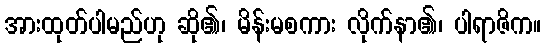
အားထုတ်ပါမည်ဟု ဆို၏၊ မိန်းမစကား လိုက်နာ၏၊ ပါရာဇိက။